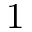
1